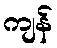
ကျန်